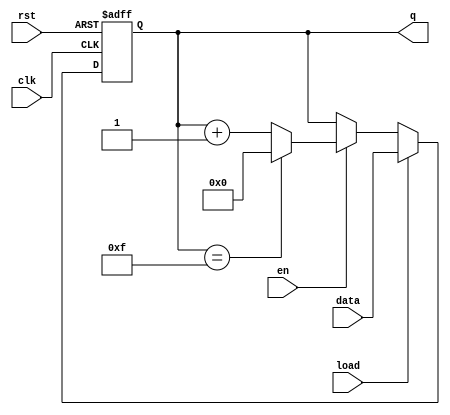
module SynchronousCounter #(parameter WIDTH = 4, parameter MODE = "BINARY") (
    input wire clk,         // Clock input
    input wire rst,         // Asynchronous reset
    input wire en,          // Enable signal
    input wire load,        // Load signal
    input wire [WIDTH-1:0] data, // Load value input
    output reg [WIDTH-1:0] q  // Counter output
);

// Maximum values for various modes
localparam BCD_MAX = 4'b1001;  // BCD max value is 9 (1001 in binary)
localparam BINARY_MAX = (1 << WIDTH) - 1; // Max value for binary counter

always @(posedge clk or posedge rst) begin
    if (rst) begin
        // If reset is asserted, initialize counter to 0
        q <= 0;
    end else if (load) begin
        // If load is asserted, load the value from data
        q <= data;
    end else if (en) begin
        // If enable is asserted, increment the counter
        if (MODE == "BCD") begin
            // For BCD counting
            if (q == BCD_MAX) begin
                q <= 0; // Wrap around at BCD max value
            end else begin
                q <= q + 1;
            end
        end else if (MODE == "BINARY") begin
            // For Binary counting
            if (q == BINARY_MAX) begin
                q <= 0; // Wrap around at binary max value
            end else begin
                q <= q + 1;
            end
        end
    end
end

endmodule